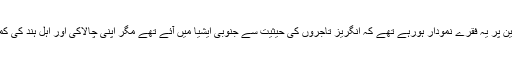
ہود بھائی صاحب یہ فرمارہے تھے تو ٹیلی وژن کی اسکرین پر یہ فقرے نمودار ہورہے تھے کہ انگریز تاجروں کی حیثیت سے جنوبی ایشیا میں آئے تھے مگر اپنی چالاکی اور اہل ہند کی کمزوریوں سے فائدہ اٹھا کر پورے ملک کے مالک بن گئے۔